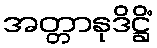
အတ္တာနုဒိဋ္ဌိံ